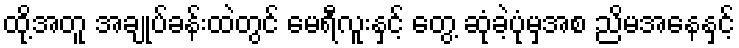
ထို့အတူ အချုပ်ခန်းထဲတွင် မေရီလူးနှင့် တွေ့ ဆုံခဲ့ပုံမှအစ ညိမအနေနှင့်